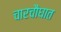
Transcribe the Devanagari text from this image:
चारचौघात